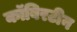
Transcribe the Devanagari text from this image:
कॉबिरटीन